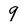
Character: 9